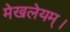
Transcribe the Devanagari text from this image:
मेखलेयम्।